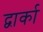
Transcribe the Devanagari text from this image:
द्वार्का